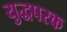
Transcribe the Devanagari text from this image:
युद्धपरक